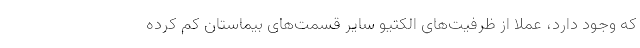
که وجود دارد، عملا از ظرفیت‌های الکتیو سایر قسمت‌های بیماستان کم کرده